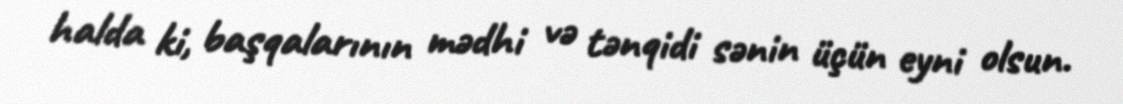
halda ki, başqalarının mədhi və tənqidi sənin üçün eyni olsun.